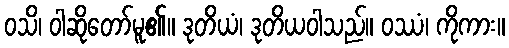
ဝသိ၊ ဝါဆိုတော်မူ၏။ ဒုတိယံ၊ ဒုတိယဝါသည်။ ဝဿံ၊ ကိုကား။